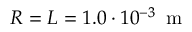
R = L = 1 . 0 \cdot 1 0 ^ { - 3 } \, \mathrm { ~ m ~ }